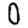
Digit: 0